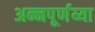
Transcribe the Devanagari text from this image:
अन्नपूर्णय्या